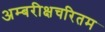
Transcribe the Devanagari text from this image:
अम्बरीक्षचरितम